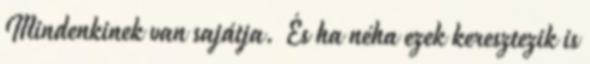
Mindenkinek van sajátja. És ha néha ezek keresztezik is